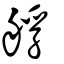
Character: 艀